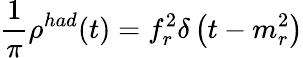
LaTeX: \frac{1}{\pi}\rho^{had}(t)=f_{r}^{2}\delta\left(t-m_{r}^{2}\right)